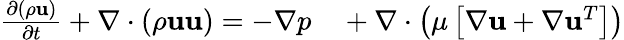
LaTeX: \begin{array}{rl}{\frac{\partial\left(\rho\mathbf{u}\right)}{\partial t}+\nabla\cdot\left(\rho\mathbf{uu}\right)=-\nabla p}&{{}+\nabla\cdot\left(\mu\left[\nabla\mathbf{u}+\nabla\mathbf{u}^{T}\right]\right)}\end{array}